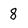
Character: 8